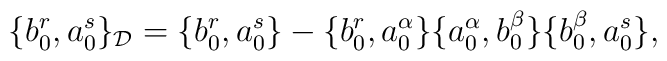
\{b_0^{r},a_0^{s}\}_{\cal D}=\{b_0^{r},a_0^{s}\}-\{b_0^{r},a_0^{\alpha}\}\{a_0^{\alpha},b_0^{\beta}\}\{b_0^{\beta},a_0^{s}\},